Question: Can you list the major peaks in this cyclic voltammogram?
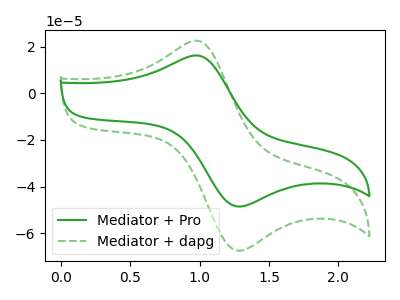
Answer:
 <answer>The green curve "Mediator + Pro" has an anodic peak at (1.00V, 16.15uA) and a cathodic peak at (1.30V, -48.55uA). The green dashed curve "Mediator + dapg" has an anodic peak at (1.00V, 22.50uA) and a cathodic peak at (1.30V, -67.50uA).</answer>
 <eval></eval>